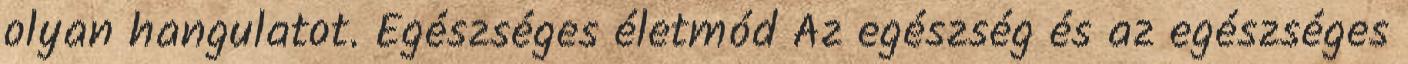
olyan hangulatot. Egészséges életmód Az egészség és az egészséges